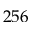
2 5 6